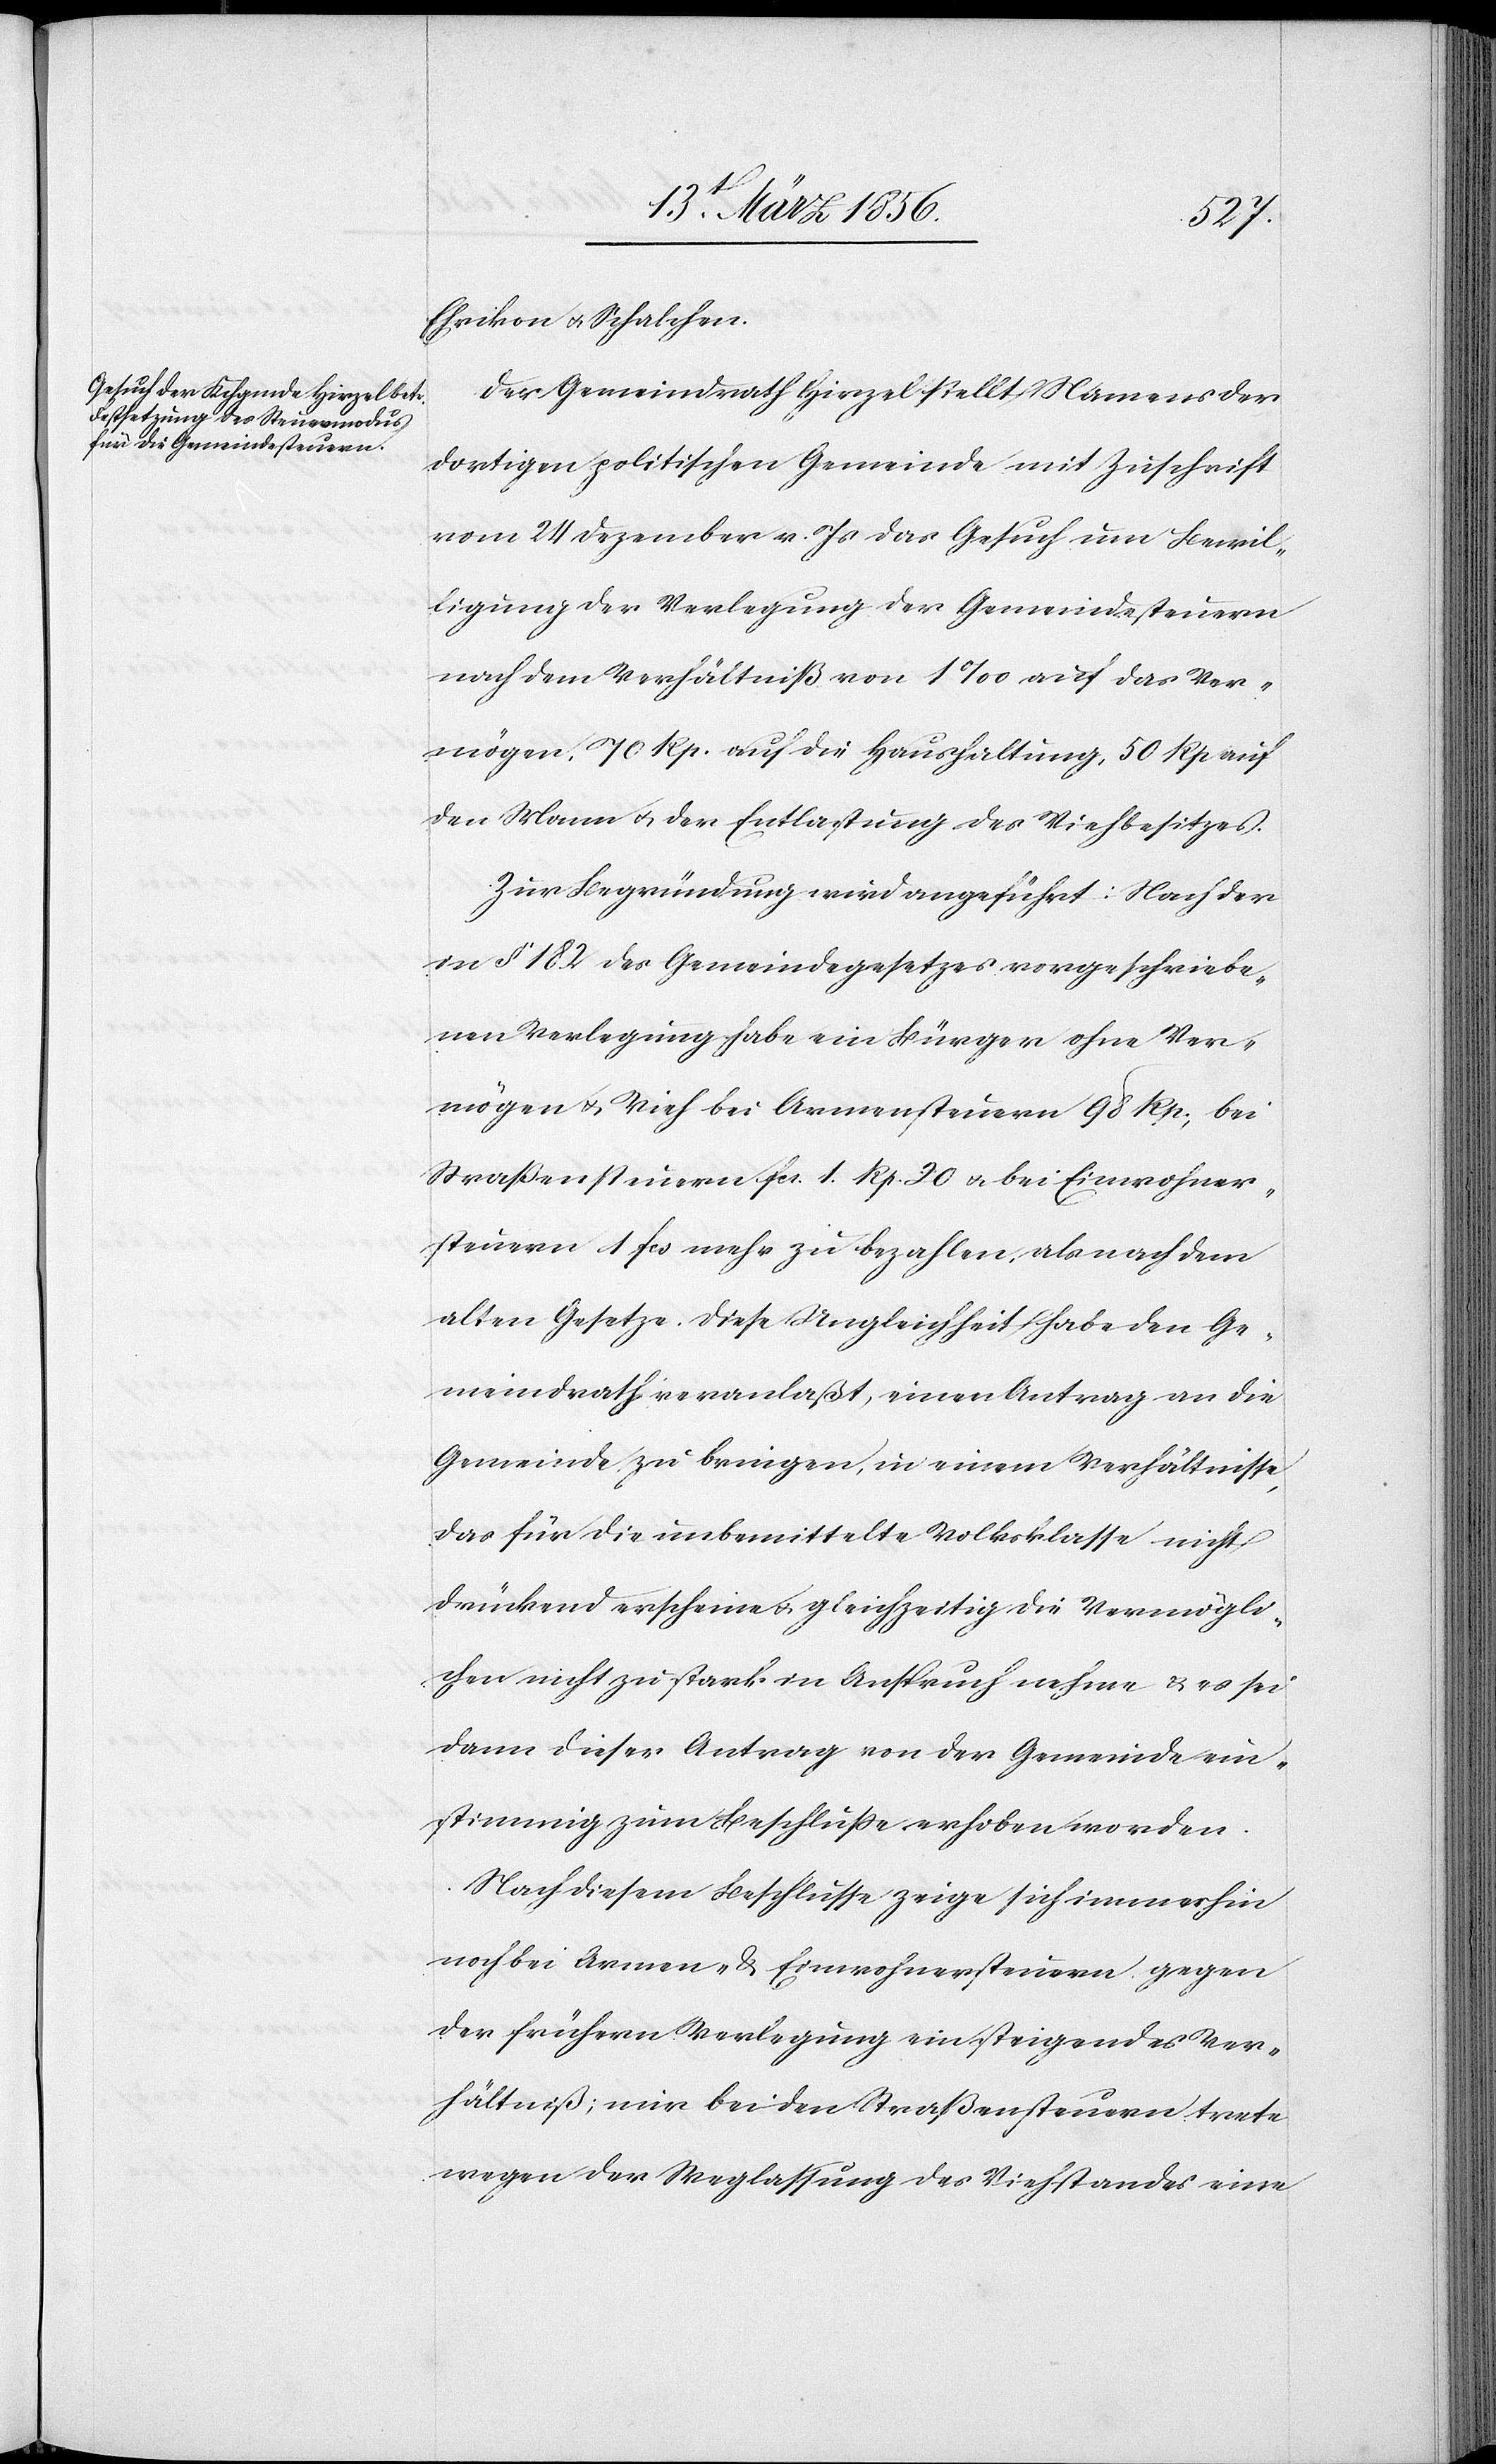
Ehrikon u. Schalchen.
Der Gemeindrath Hirzel stellt Namens der
dortigen politischen Gemeinde mit Zuschrift
vom 24 Dezember v. Js das Gesuch um Bewil¬
ligung der Verlegung der Gemeindesteuern
nach dem Verhältniß von 1‰ auf das Ver¬
mögen, 70 Rp. auf die Haushaltung, 50 Rp auf
den Mann u. der Entlastung des Viehbesitzes.
Zur Begründung wird angeführt: Nach der
in § 182 des Gemeindegesetzes vorgeschriebe¬
nen Verlegung habe ein Bürger ohne Ver¬
mögen & Vieh bei Armensteuern 98 Rp., bei
Straßensteuern fcs. 1. Rp. 20 u. bei Einwohner¬
steuern 1 fcs mehr zu bezahlen, als nach dem
alten Gesetze. Diese Ungleichheit habe den Ge¬
meindrath veranlaßt, einen Antrag an die
Gemeinde zu bringen, in einem Verhältnisse,
das für die unbemittelte Volksklasse nicht
drückend erscheine u. gleichzeitig die Vermögli¬
chen nicht zu stark in Anspruch nehme & es sei
dann dieser Antrag von der Gemeinde ein¬
stimmig zum Beschluße erhoben worden.
Nach diesem Beschlusse zeige sich immerhin
noch bei Armen- & Einwohnersteuern gegen
der frühern Verlegung ein steigendes Ver¬
hältniß; wie bei den Straßensteuern trete
wegen der Weglassung des Viehstandes eine